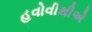
હવોવીથીએ